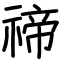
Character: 禘